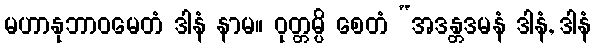
မဟာနုဘာဝမေတံ ဒါနံ နာမ။ ဝုတ္တမ္ပိ စေတံ “အဒန္တဒမနံ ဒါနံ, ဒါနံ